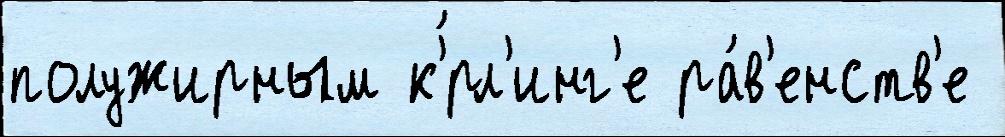
полужирным к'́рл'инг'е ра́в'енств'е